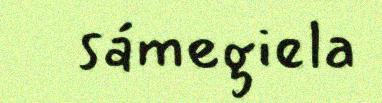
sámegiela